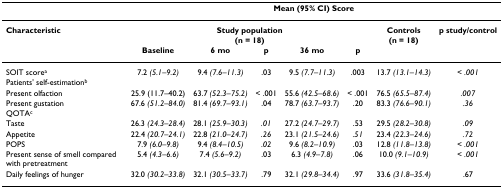
|  | <COLSPAN=7> Mean (95% CI) Score |
 | --- | --- | --- | --- | --- | --- | --- | --- |
 | Characteristic | <COLSPAN=5> Study population(n = 18) | Controls(n = 18) | p study/control |
 |  | Baseline | 6 mo | p | 36 mo | p |  |  |
 | SOIT scorea | 7.2 (5.1–9.2) | 9.4 (7.6–11.3) | .03 | 9.5 (7.7–11.3) | .003 | 13.7 (13.1–14.3) | < .001 |
 | Patients' self-estimationb |  |  |  |  |  |  |  |
 | Present olfaction | 25.9 (11.7–40.2) | 63.7 (52.3–75.2) | < .001 | 55.6 (42.5–68.6) | < .001 | 76.5 (65.5–87.4) | .007 |
 | Present gustation | 67.6 (51.2–84.0) | 81.4 (69.7–93.1) | .04 | 78.7 (63.7–93.7) | .20 | 83.3 (76.6–90.1) | .36 |
 | QOTAc |  |  |  |  |  |  |  |
 | Taste | 26.3 (24.3–28.4) | 28.1 (25.9–30.3) | .01 | 27.2 (24.7–29.7) | .53 | 29.5 (28.2–30.8) | .09 |
 | Appetite | 22.4 (20.7–24.1) | 22.8 (21.0–24.7) | .26 | 23.1 (21.5–24.6) | .51 | 23.4 (22.3–24.6) | .72 |
 | POPS | 7.9 (6.0–9.8) | 9.4 (8.4–10.5) | .02 | 9.6 (8.2–10.9) | .03 | 12.8 (11.8–13.8) | < .001 |
 | Present sense of smell compared with pretreatment | 5.4 (4.3–6.6) | 7.4 (5.6–9.2) | .03 | 6.3 (4.9–7.8) | .06 | 10.0 (9.1–10.9) | < .001 |
 | Daily feelings of hunger | 32.0 (30.2–33.8) | 32.1 (30.5–33.7) | .79 | 32.1 (29.8–34.4) | .97 | 33.6 (31.8–35.4) | .67 |